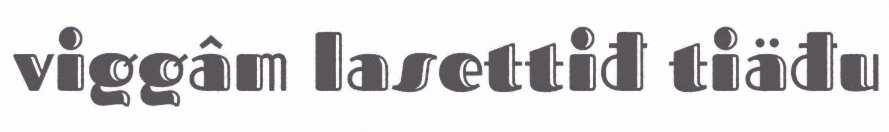
viggâm lasettiđ tiäđu